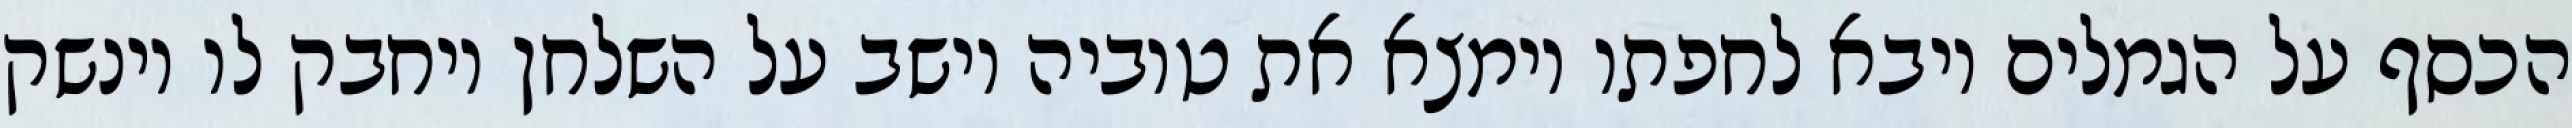
הכסף על הגמלים ויבא לחפתו וימצא את טוביה יושב על השלחן ויחבק לו וינשק